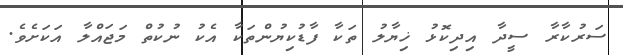
ސަރުކާރާ ސީދާ އިދިކޮޅު ޚިޔާލު ތަކާ ފާޑުކިޔުންތަކާ އެކު ނުކުތް މަޖައްލާ އަކަށެވެ.